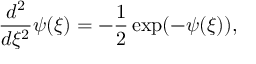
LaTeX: \frac { d ^ { 2 } } { d \xi ^ { 2 } } \psi ( \xi ) = - \frac { 1 } { 2 } \exp ( - \psi ( \xi ) ) ,